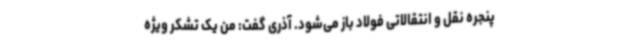
پنجره نقل و انتقالاتی فولاد باز می‌شود. آذری گفت: من یک تشکر ویژه